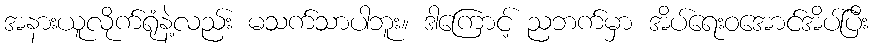
အနားယူလိုက်ရုံနဲ့လည်း မသက်သာပါဘူး။ ဒါကြောင့် ညဘက်မှာ အိပ်ရေးဝအောင်အိပ်ပြီး